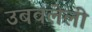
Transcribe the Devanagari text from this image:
उबवलेली